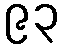
၉၃